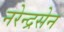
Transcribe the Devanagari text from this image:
नरेन्द्रसेन